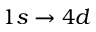
1 s \to 4 d